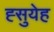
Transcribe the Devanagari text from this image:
ह्सुयेह